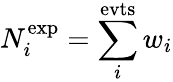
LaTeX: N_{i}^{\mathrm{exp}}=\sum_{i}^{\mathrm{evts}}w_{i}